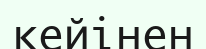
кейінен